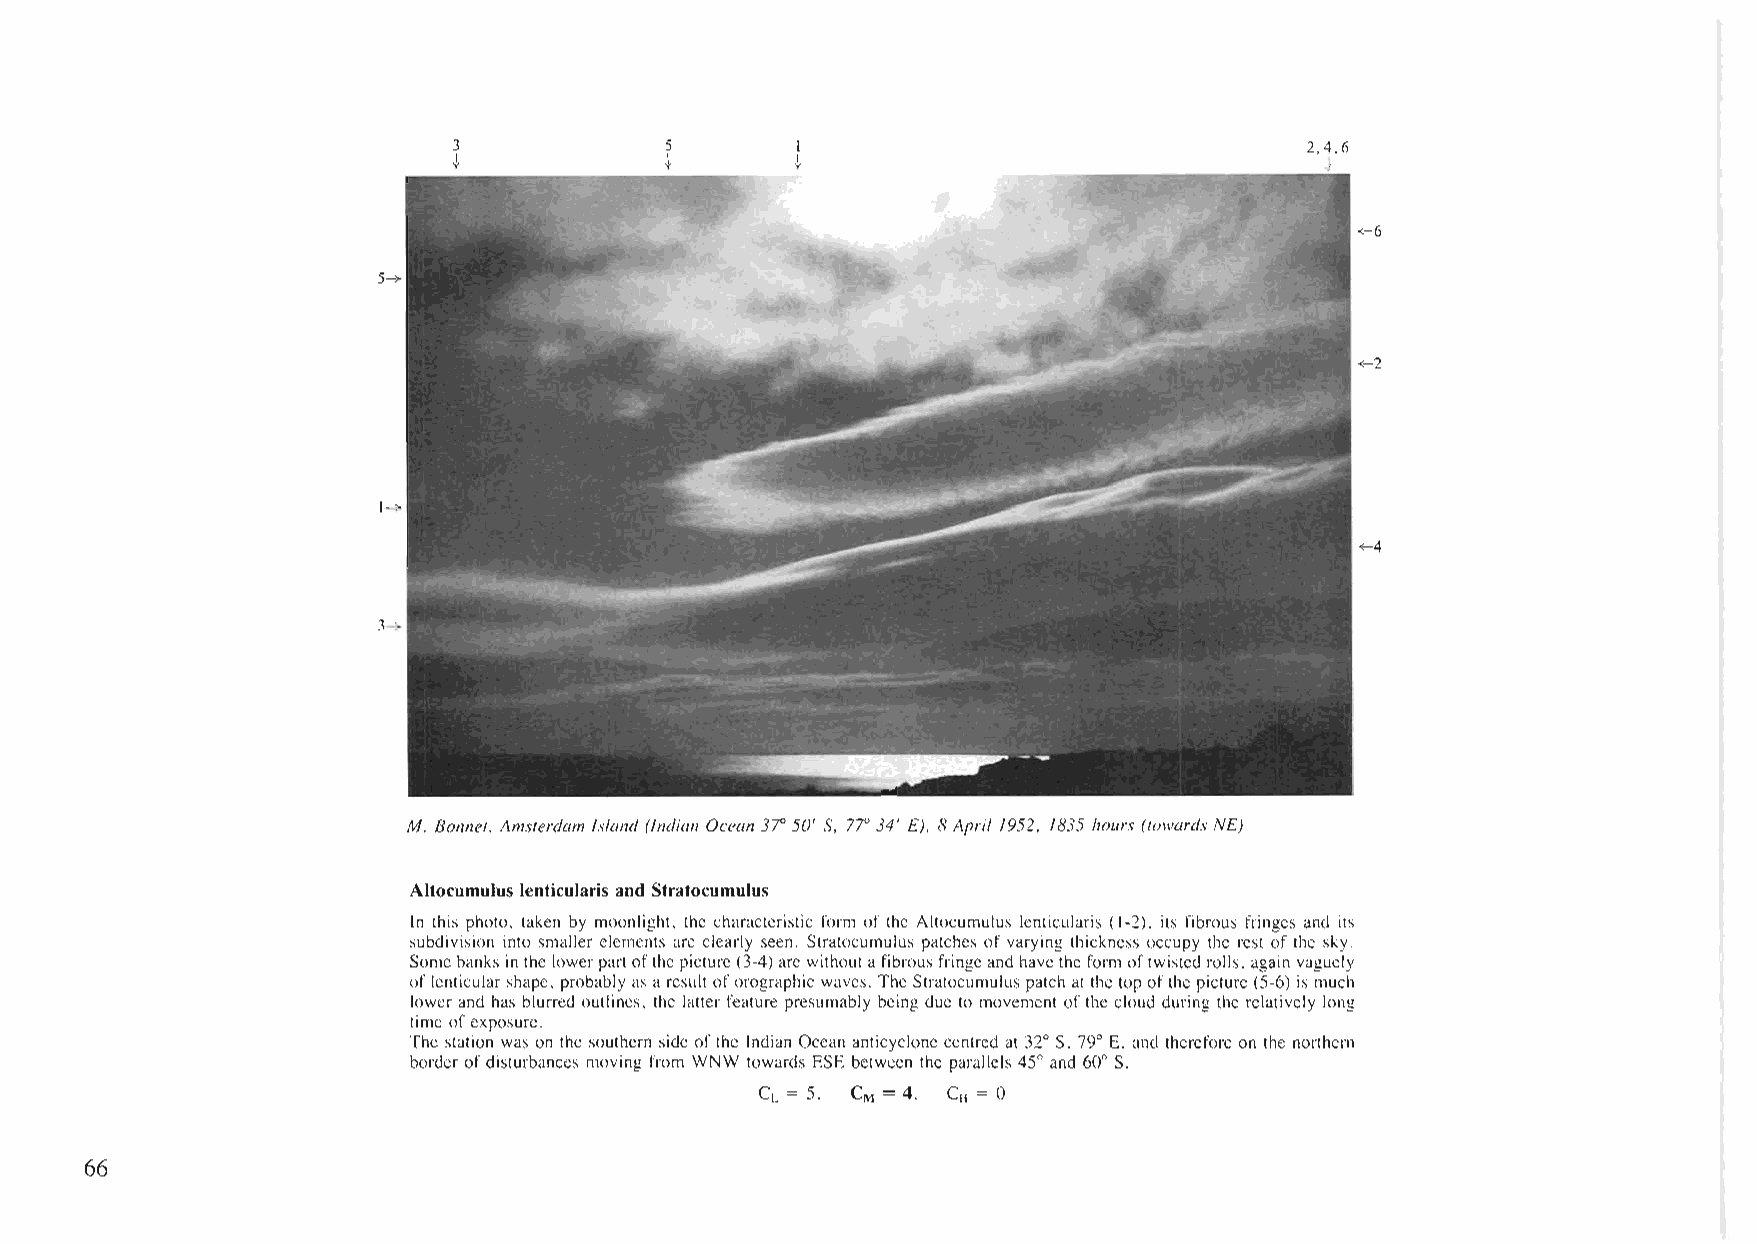
3             5        I                                2.4.6
 t             t        t                                  t
 ~-6
 5->
 ~-2
 1->
 <--4
 3->
 M. Bonnet, Amsterdam Island (Indian Ocean 37"50' S, 77"34' E), 8April 1952, 1835 hours (towards NE)
 Altocumulus lenticularis and Stratocumulus
 In this photo. taken by moonlight. the characteristic form of the Altocumulus lenticularis (1-2). its fibrous fringes and its
 subdivision into smaller elements arc clearly seen. Stratocumulus patches of varying thickness occupy the rest of the sky.
 Somebanks in the lowerpartofthe picture(3-4)arc withoutafibrous fringe and havethe form oftwisted rolls. again vaguely
 oflenticularshape, probably as a result ofOI'ographic waves. TheStratoeumulus patch at the top ofthe picture (5-6) is much
 lower and has blurred outlines. the latter feature presumably being due to movement ofthe cloud during the relatively long
 time ofexposure.
 The station was on the southern side ofthe Indian Ocean anticyclone centred at 32° S. 79° E. and therefore on the northern
 border ofdisturbances moving from WNW towards ESE between the parallels 45° and 60° S.
 CL = 5. CM = 4, CH = 0
 66